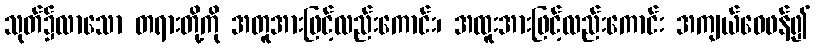
သုတ်၌လာသော တရားတို့ကို အတူအားဖြင့်လည်းကောင်း၊ အထူးအားဖြင့်လည်းကောင်း အကျယ်ဝေဖန်၍